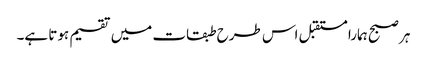
ہر صبح ہمارا مستقبل اس طرح طبقات میں تقسیم ہوتا ہے۔